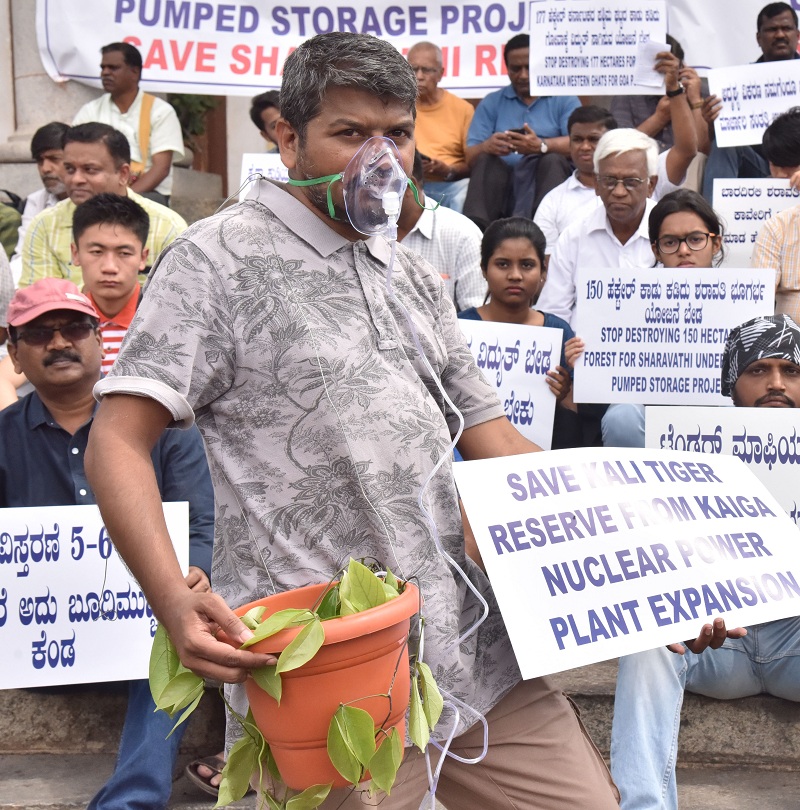
Language: kannada
Transcription: ಕೆಂಡ ವಿಸ್ತರಣೆ ಅದು